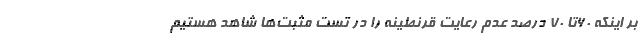
بر اینکه ۶۰تا ۷۰ درصد عدم رعایت قرنطینه را در تست مثبت‌ها شاهد هستیم